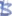
Text: S